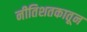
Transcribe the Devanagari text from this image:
नीतिशतकातून